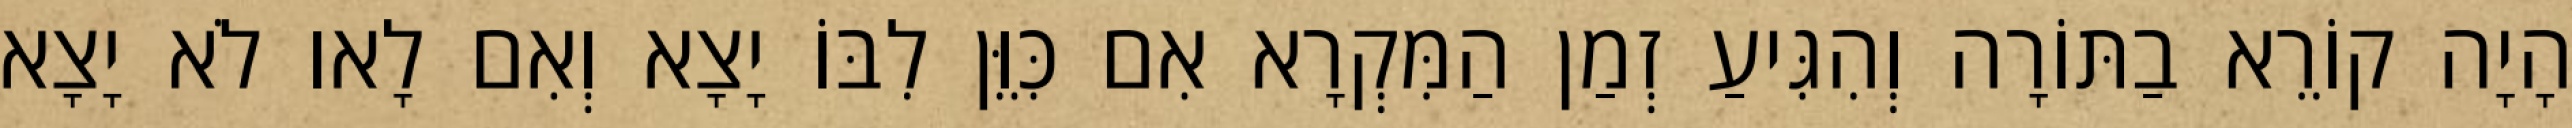
הָיָה קוֹרֵא בַתּוֹרָה וְהִגִּיעַ זְמַן הַמִּקְרָא אִם כִּוֵּן לִבּוֹ יָצָא וְאִם לָאו לֹא יָצָא